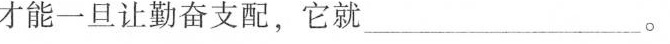
才能一旦让勤奋支配，它就 ____